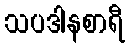
သပဒါနစာရီ